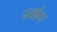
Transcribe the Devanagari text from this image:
पर्यात्प